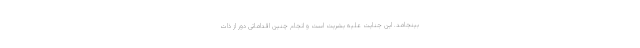
بینجامد. این جنایت علیه بشریت است و انجام چنین اقداماتی دور از ذات